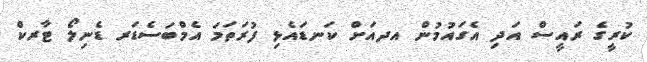
ކުރީގެ ރައީސް އަދި އެގައުމުން އދއަށް ކަނޑައެޅި ފުރަތަމަ އެމްބަސެޑަރ ޑެނިލޯ ޓާރކް